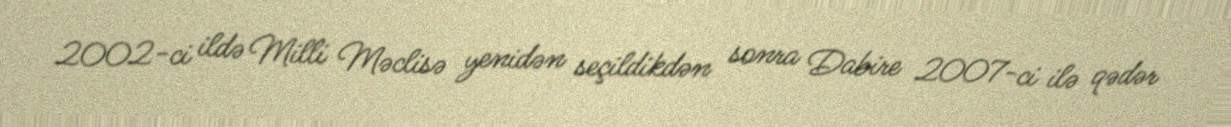
2002-ci ildə Milli Məclisə yenidən seçildikdən sonra Dabire 2007-ci ilə qədər